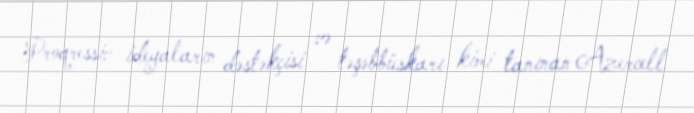
Proqressiv ideyaların dəstəkçisi və təşəbbüskarı kimi tanınan Azercell